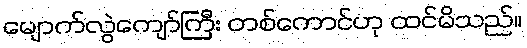
မျောက်လွဲကျော်ကြီး တစ်ကောင်ဟု ထင်မိသည်။